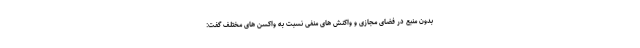
بدون منبع در فضای مجازی و واکنش های منفی نسبت به واکسن های مختلف گفت: